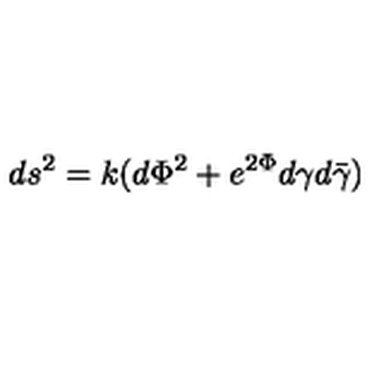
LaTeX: d s ^ { 2 } = k ( d { \Phi } ^ { 2 } + e ^ { 2 { \Phi } } { d { \gamma } } { d { \bar { \gamma } } } )